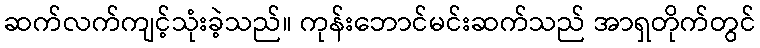
ဆက်လက်ကျင့်သုံးခဲ့သည်။ ကုန်းဘောင်မင်းဆက်သည် အာရှတိုက်တွင်